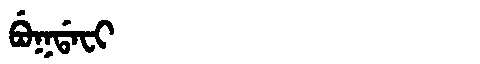
Manchu: ᠪᡠᡴᡩᠠᠸᡳ
Romanization: BUKDAFI